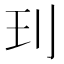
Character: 㺫